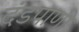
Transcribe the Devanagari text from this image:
दंडपाणी